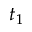
t _ { 1 }